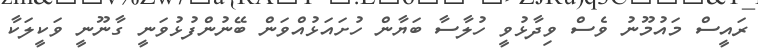
ރައީސް މައުމޫނު ވެސް ވިދާޅުވީ ހުލާސާ ބަޔާން ހުށައަޅުއްވަން ބޭނުންފުޅުވަނީ ގާނޫނީ ވަކީލަކާ